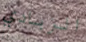
الزبادي